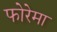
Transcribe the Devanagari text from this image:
फोरेमा